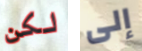
لكن إلى